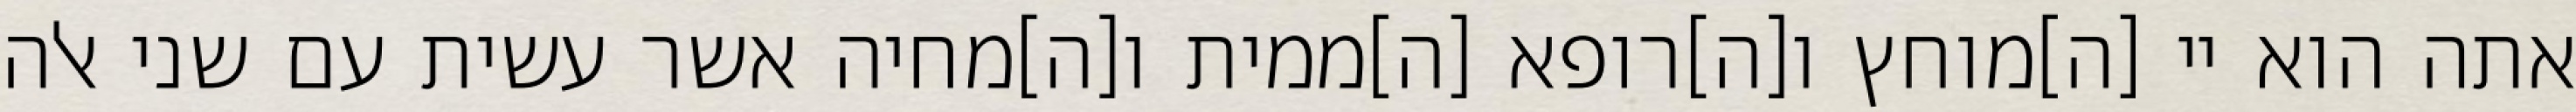
אתה הוא יי [ה]מוחץ ו[ה]רופא [ה]ממית ו[ה]מחיה אשר עשית עם שני אלה